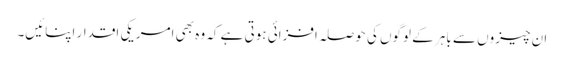
ان چیزوں سے باہر کے لوگوں کی حوصلہ افزائی ہوتی ہے کہ وہ بھی امریکی اقدار اپنائیں۔